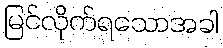
မြင်လိုက်ရသောအခါ